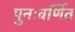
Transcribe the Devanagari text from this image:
पुनःवर्णित